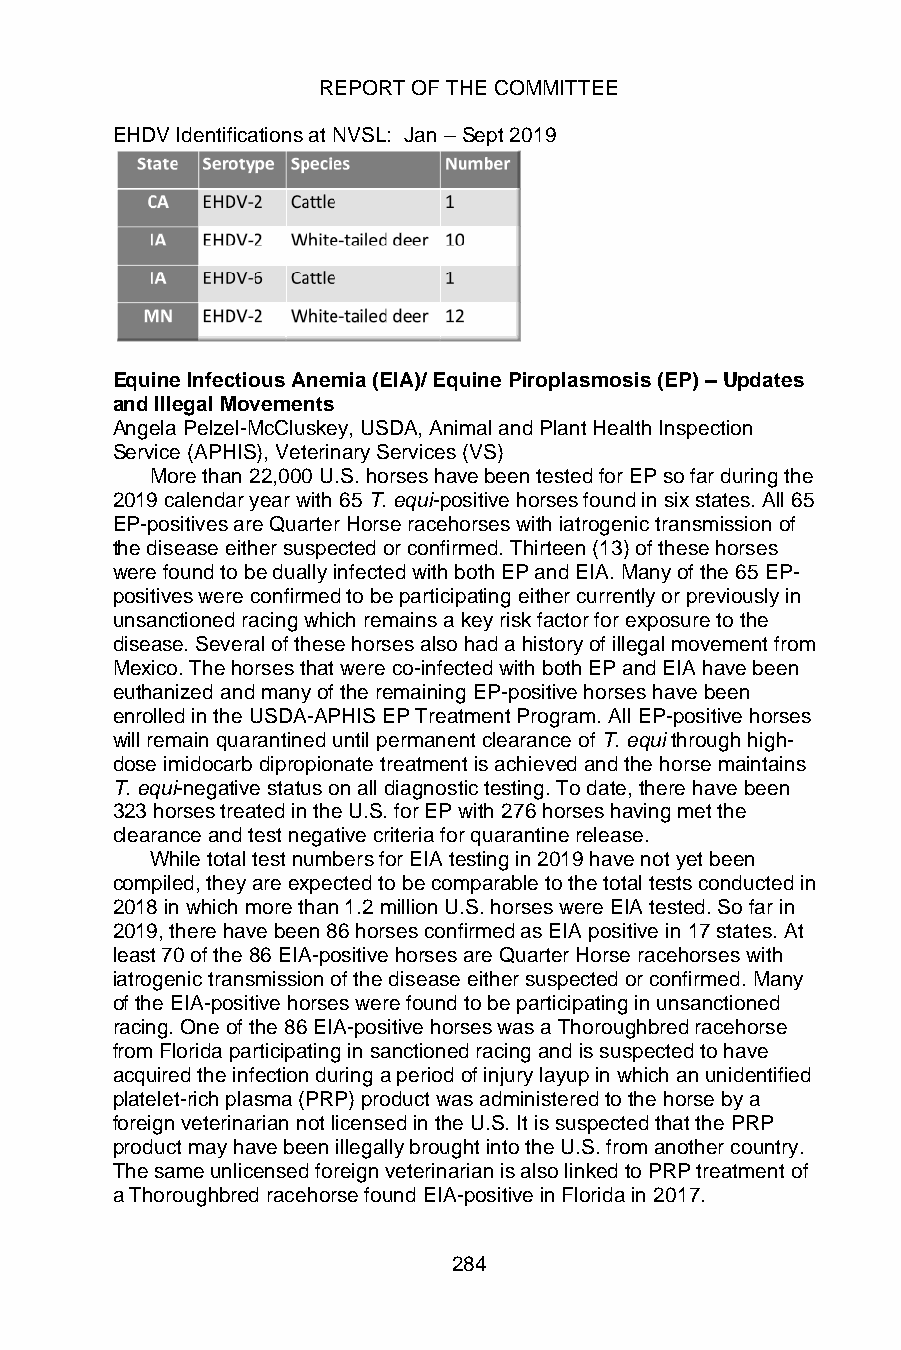
REPORT OF THE COMMITTEE
 EHDV Identifications at NVSL: Jan – Sept 2019
 Equine Infectious Anemia (EIA)/ Equine Piroplasmosis (EP) – Updates
 and Illegal Movements
 Angela Pelzel-McCluskey, USDA, Animal and Plant Health Inspection
 Service (APHIS), Veterinary Services (VS)
 More than 22,000 U.S. horses have been tested for EP so far during the
 2019 calendar year with 65 T. equi-positive horses found in six states. All 65
 EP-positives are Quarter Horse racehorses with iatrogenic transmission of
 the disease either suspected or confirmed. Thirteen (13) of these horses
 were found to be dually infected with both EP and EIA. Many of the 65 EP-
 positives were confirmed to be participating either currently or previously in
 unsanctioned racing which remains a key risk factor for exposure to the
 disease. Several of these horses also had a history of illegal movement from
 Mexico. The horses that were co-infected with both EP and EIA have been
 euthanized and many of the remaining EP-positive horses have been
 enrolled in the USDA-APHIS EP Treatment Program. All EP-positive horses
 will remain quarantined until permanent clearance of T. equi through high-
 dose imidocarb dipropionate treatment is achieved and the horse maintains
 T. equi-negative status on all diagnostic testing. To date, there have been
 323 horses treated in the U.S. for EP with 276 horses having met the
 clearance and test negative criteria for quarantine release.
 While total test numbers for EIA testing in 2019 have not yet been
 compiled, they are expected to be comparable to the total tests conducted in
 2018 in which more than 1.2 million U.S. horses were EIA tested. So far in
 2019, there have been 86 horses confirmed as EIA positive in 17 states. At
 least 70 of the 86 EIA-positive horses are Quarter Horse racehorses with
 iatrogenic transmission of the disease either suspected or confirmed. Many
 of the EIA-positive horses were found to be participating in unsanctioned
 racing. One of the 86 EIA-positive horses was a Thoroughbred racehorse
 from Florida participating in sanctioned racing and is suspected to have
 acquired the infection during a period of injury layup in which an unidentified
 platelet-rich plasma (PRP) product was administered to the horse by a
 foreign veterinarian not licensed in the U.S. It is suspected that the PRP
 product may have been illegally brought into the U.S. from another country.
 The same unlicensed foreign veterinarian is also linked to PRP treatment of
 a Thoroughbred racehorse found EIA-positive in Florida in 2017.
 284